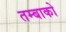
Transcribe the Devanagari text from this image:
तम्बाको